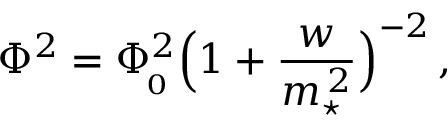
\Phi ^ { 2 } = \Phi _ { \! _ { 0 } } ^ { 2 } \Big ( 1 + { \frac { w } { m _ { \star } ^ { \, 2 } } } \Big ) ^ { - 2 } \, ,